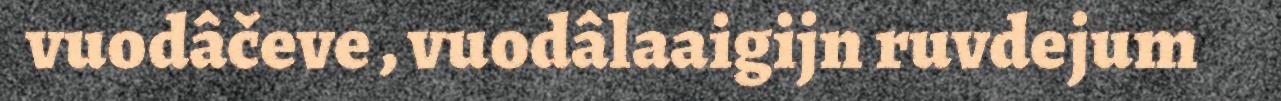
vuodâčeve , vuodâlaaigijn ruvdejum